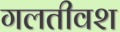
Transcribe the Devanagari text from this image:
गलतीवश